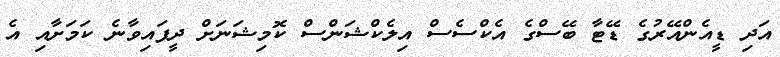
އަދި ޑީއެންއޭރުގެ ޑޭޓާ ބޭސްގެ އެކްސެސް އިލެކްޝަންސް ކޮމިޝަނަށް ދީފައިވާނެ ކަމަށާއި އެ